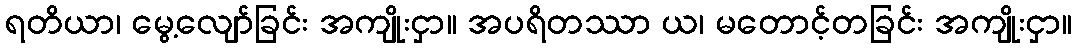
ရတိယာ၊ မွေ့လျော်ခြင်း အကျိုးငှာ။ အပရိတဿာ ယ၊ မတောင့်တခြင်း အကျိုးငှာ။